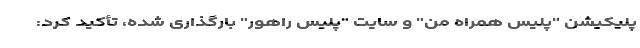
پلیکیشن "پلیس همراه من" و سایت "پلیس راهور" بارگذاری شده، تأکید کرد: